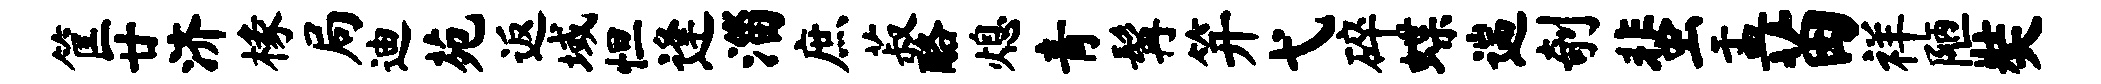
筐廿济椽局迪苑返域怛逢淄庶菽酪熄青髯笄弋碎蝶遄剞蜚盂苗祥陋奘